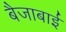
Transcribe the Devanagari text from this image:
बैजाबाई